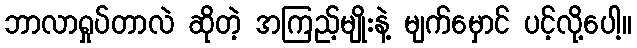
ဘာလာရှုပ်တာလဲ ဆိုတဲ့ အကြည့်မျိုးနဲ့ မျက်မှောင် ပင့်လို့ပေါ့။